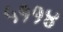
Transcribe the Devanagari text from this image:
५११४